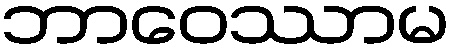
ဘာဝေဿာမ